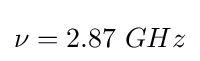
\nu =2.87{\text{ }}GHz